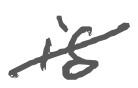
Text: is
Cross-out: mix
Writing tool: digital_gray